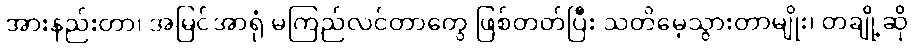
အားနည်းတာ၊ အမြင်အာရုံ မကြည်လင်တာတွေ ဖြစ်တတ်ပြီး သတိမေ့သွားတာမျိုး၊ တချို့ဆို